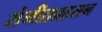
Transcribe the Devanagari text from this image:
संगीतप्रहसन